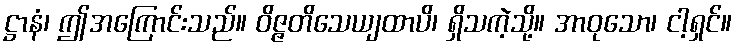
ဋ္ဌာနံ၊ ဤအကြောင်းသည်။ ဝိဇ္ဇတိသေယျထာပိ၊ ရှိသကဲ့သို့။ အာဝုသော၊ ငါ့ရှင်။